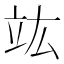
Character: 竑